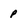
Character: p